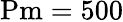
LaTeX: \mathrm{Pm}=500